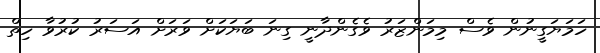
ހަމަޔަގީނުން ވެސް މިމަންޒަރު ވެގެންދާނީ ގިނަ ބަޔަކަށް ވަރަށް އަސަރު ކުރުވާ ހިތް